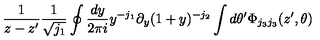
\frac { 1 } { z - z ^ { \prime } } \frac { 1 } { \sqrt { j _ { 1 } } } \oint \frac { d y } { 2 \pi i } y ^ { - j _ { 1 } } \partial _ { y } ( 1 + y ) ^ { - j _ { 2 } } \int d \theta ^ { \prime } \Phi _ { j _ { 3 } j _ { 3 } } ( z ^ { \prime } , \theta )